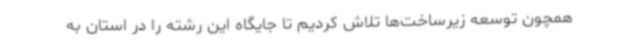
همچون توسعه زیرساخت‌ها تلاش کردیم تا جایگاه این رشته را در استان به